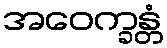
အဝေက္ခန္တံ